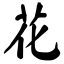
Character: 花